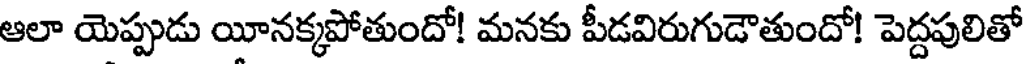
ఆలా యెప్పుడు యీనక్కపోతుందో! మనకు పీడవిరుగుడౌతుందో! పెద్దపులితో